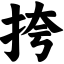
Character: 挎